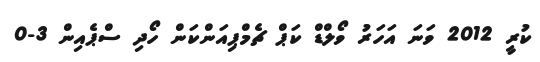
ކުރީ 2012 ވަނަ އަހަރު ވޯލްޑް ކަޕް ޗެމްޕިއަންކަން ހޯދި ސްޕެއިން 3-0